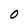
Character: O